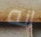
انه